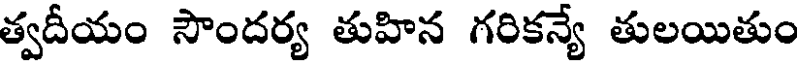
త్వదీయం సౌందర్య తుహిన గరికన్యే తులయితుం